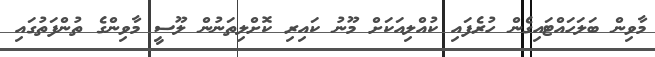
މާވިން ބަލަހައްޓައިގެން ހުރެފައި ކުއްލިއަކަށް މޫނު ކައިރި ކޮށްލިތަނުން ލޫސީ މާވިންގެ ތުންފަތުގައި